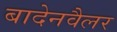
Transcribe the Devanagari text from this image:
बादेनवैलर